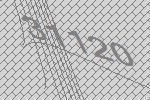
31120